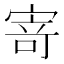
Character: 𭔃